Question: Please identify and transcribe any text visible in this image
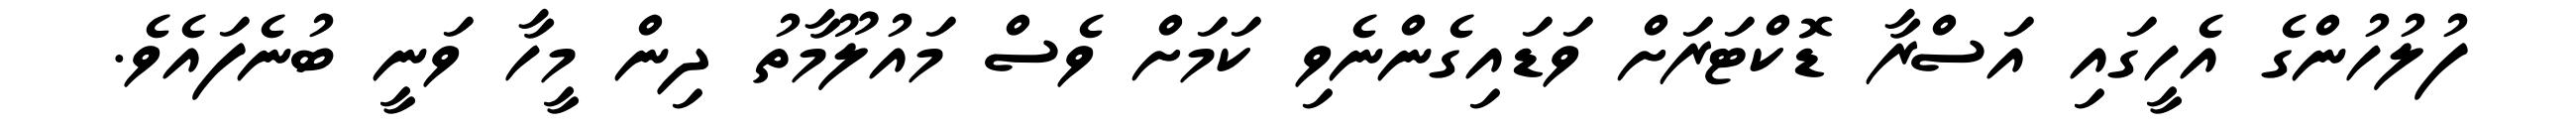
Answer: ފުލުހުންގެ އެހީގައި އަސްރާ ޑޮކްޓަރަށް ވަޑައިގެންނެވި ކަމަށް ވެސް މައުލޫމާތު ދިން މީހާ ވަނީ ބުނެފައެވެ.